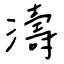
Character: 濤